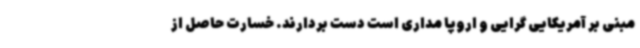
مبنی بر آمریکایی گرایی و اروپا مداری است دست بردارند. خسارت حاصل از